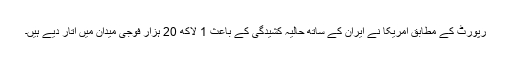
رپورٹ کے مطابق امریکا نے ایران کے ساتھ حالیہ کشیدگی کے باعث 1 لاکھ 20 ہزار فوجی میدان میں اتار دیے ہیں۔